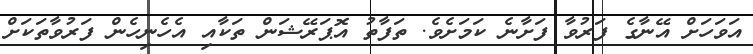
އަވަހަށް އޭނާގެ ފަރުވާ ފަށާނެ ކަމަށެވެ. ތަފާތު އޮޕަރޭޝަން ތަކާއި އެހެނިހެން ފަރުވާތަކަށް